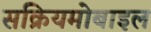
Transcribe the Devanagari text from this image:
सक्रियमोबाइल